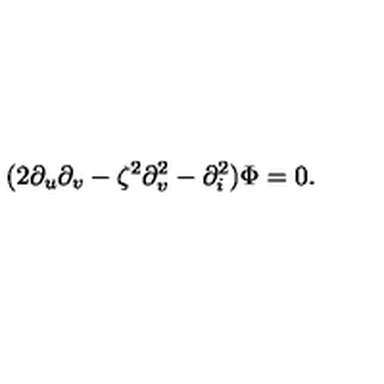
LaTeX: ( 2 \partial _ { u } \partial _ { v } - \zeta ^ { 2 } \partial _ { v } ^ { 2 } - \partial _ { i } ^ { 2 } ) \Phi = 0 .